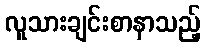
လူသားချင်းစာနာသည့်